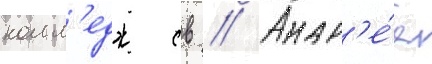
колл'едж св // Андр'е́я